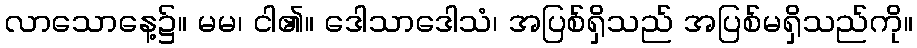
လာသောနေ့၌။ မမ၊ ငါ၏။ ဒေါသာဒေါသံ၊ အပြစ်ရှိသည် အပြစ်မရှိသည်ကို။